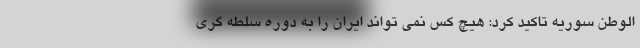
الوطن سوریه تاکید کرد: هیچ کس نمی تواند ایران را به دوره سلطه گری